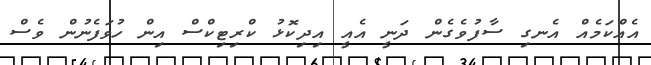
އެއްކަމެއް އެނގި ސާފުވެގެން ދަނީ އެއީ އިދިކޮޅު ކްރިޓިކްސް އިން ހުވަފެނުން ވެސް